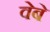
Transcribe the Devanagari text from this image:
वेबे